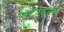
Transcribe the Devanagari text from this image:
नाटय़कृतीचे